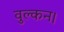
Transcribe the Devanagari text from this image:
वुल्कन।